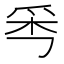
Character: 𤔁